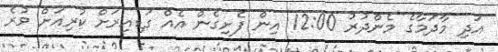
އަދި މާދަމާގެ މެންދުރު 12:00 އިން ފެށިގެން އެއް ގަޑިއިރަށް ކުރިއަށް ވުރެ